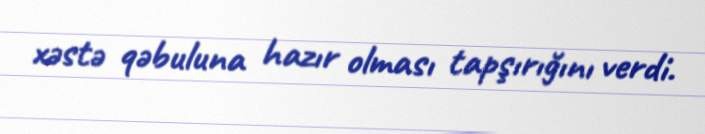
xəstə qəbuluna hazır olması tapşırığını verdi.